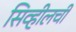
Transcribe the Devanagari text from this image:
सिव्हीलची